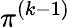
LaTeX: \pi^{(k-1)}